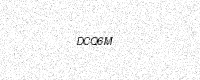
Text: DCQ6M